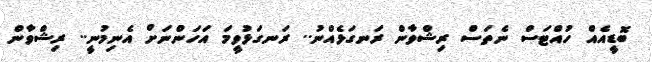
ބޮޑީއެއް ހުއްޓަސް ނެތަސް ރިޝްވާން ރަނގަޅެއްނު.. ރަނގަޅުވީމަ އަހަންނަށް އެނިމުނީ.. ރިޝްވާން